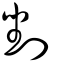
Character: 剉